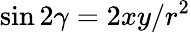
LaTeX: \sin{2\gamma}=2xy/r^{2}